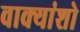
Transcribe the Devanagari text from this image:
वाक्यांशो